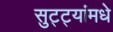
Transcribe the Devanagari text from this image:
सुट्ट्यांमधे